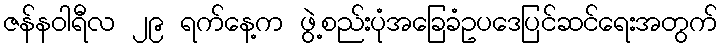
ဇန်နဝါရီလ ၂၉ ရက်နေ့က ဖွဲ့စည်းပုံအခြေခံဥပဒေပြင်ဆင်ရေးအတွက်